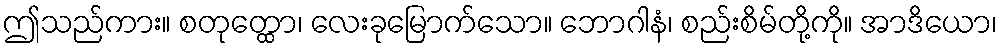
ဤသည်ကား။ စတုတ္ထော၊ လေးခုမြောက်သော။ ဘောဂါနံ၊ စည်းစိမ်တို့ကို။ အာဒိယော၊